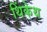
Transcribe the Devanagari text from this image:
थिंकेथ